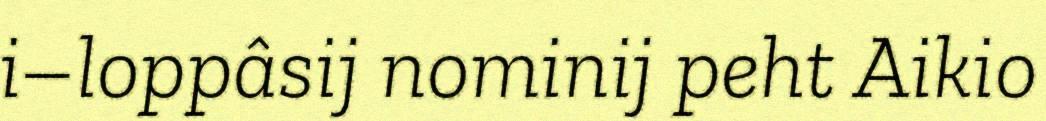
i–loppâsij nominij peht Aikio